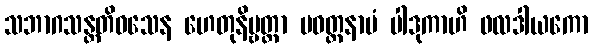
သဘာဂသန္တတိဝသေန ဟေတုနိဗ္ဗတ္တာ ပဝတ္တနာမံ ပါဒုကာဟိ ဖလဒါယကော